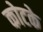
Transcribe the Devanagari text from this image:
कोटके